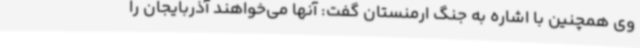
وی همچنین با اشاره به جنگ ارمنستان گفت: آنها می‌خواهند آذربایجان را